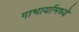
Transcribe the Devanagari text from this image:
गाभार्यामध्ये